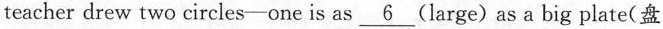
teacher drew two circles-one is as \underline{6} (large)as a big plate(盘